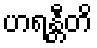
ဟရန္တီတိ